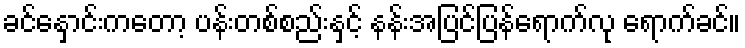
ခင်နှောင်းကတော့ ပန်းတစ်စည်းနှင့် နန်းအပြင်ပြန်ရောက်လု ရောက်ခင်။